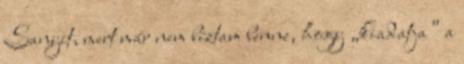
Sa­nyit, mert már nem bíztam benne, hogy „kiadatja” a